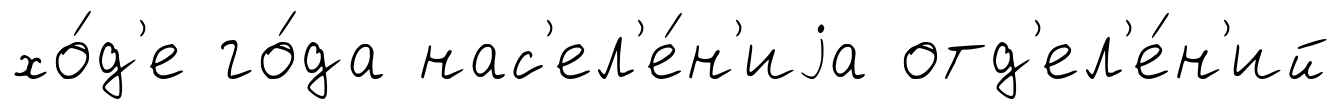
хо́д'е го́да нас'ел'е́н'иjа отд'ел'е́н'ий